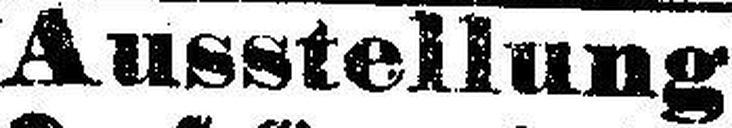
Ausstellung